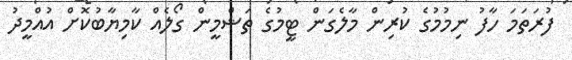
ފުރަތަމަ ހާފު ނިމުމުގެ ކުރިން މާލެގަން ޓީމުގެ ތަޝްމީން ގޯލެއް ކާމިޔާބުކޮށް އުއްމީދު